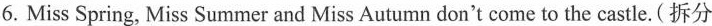
6.MissSpring,Miss Summer and Miss Autumn don't come to the castle.(拆分